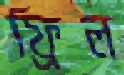
ফ্রিল